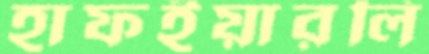
হাফইয়ারলি